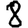
Digit: 8